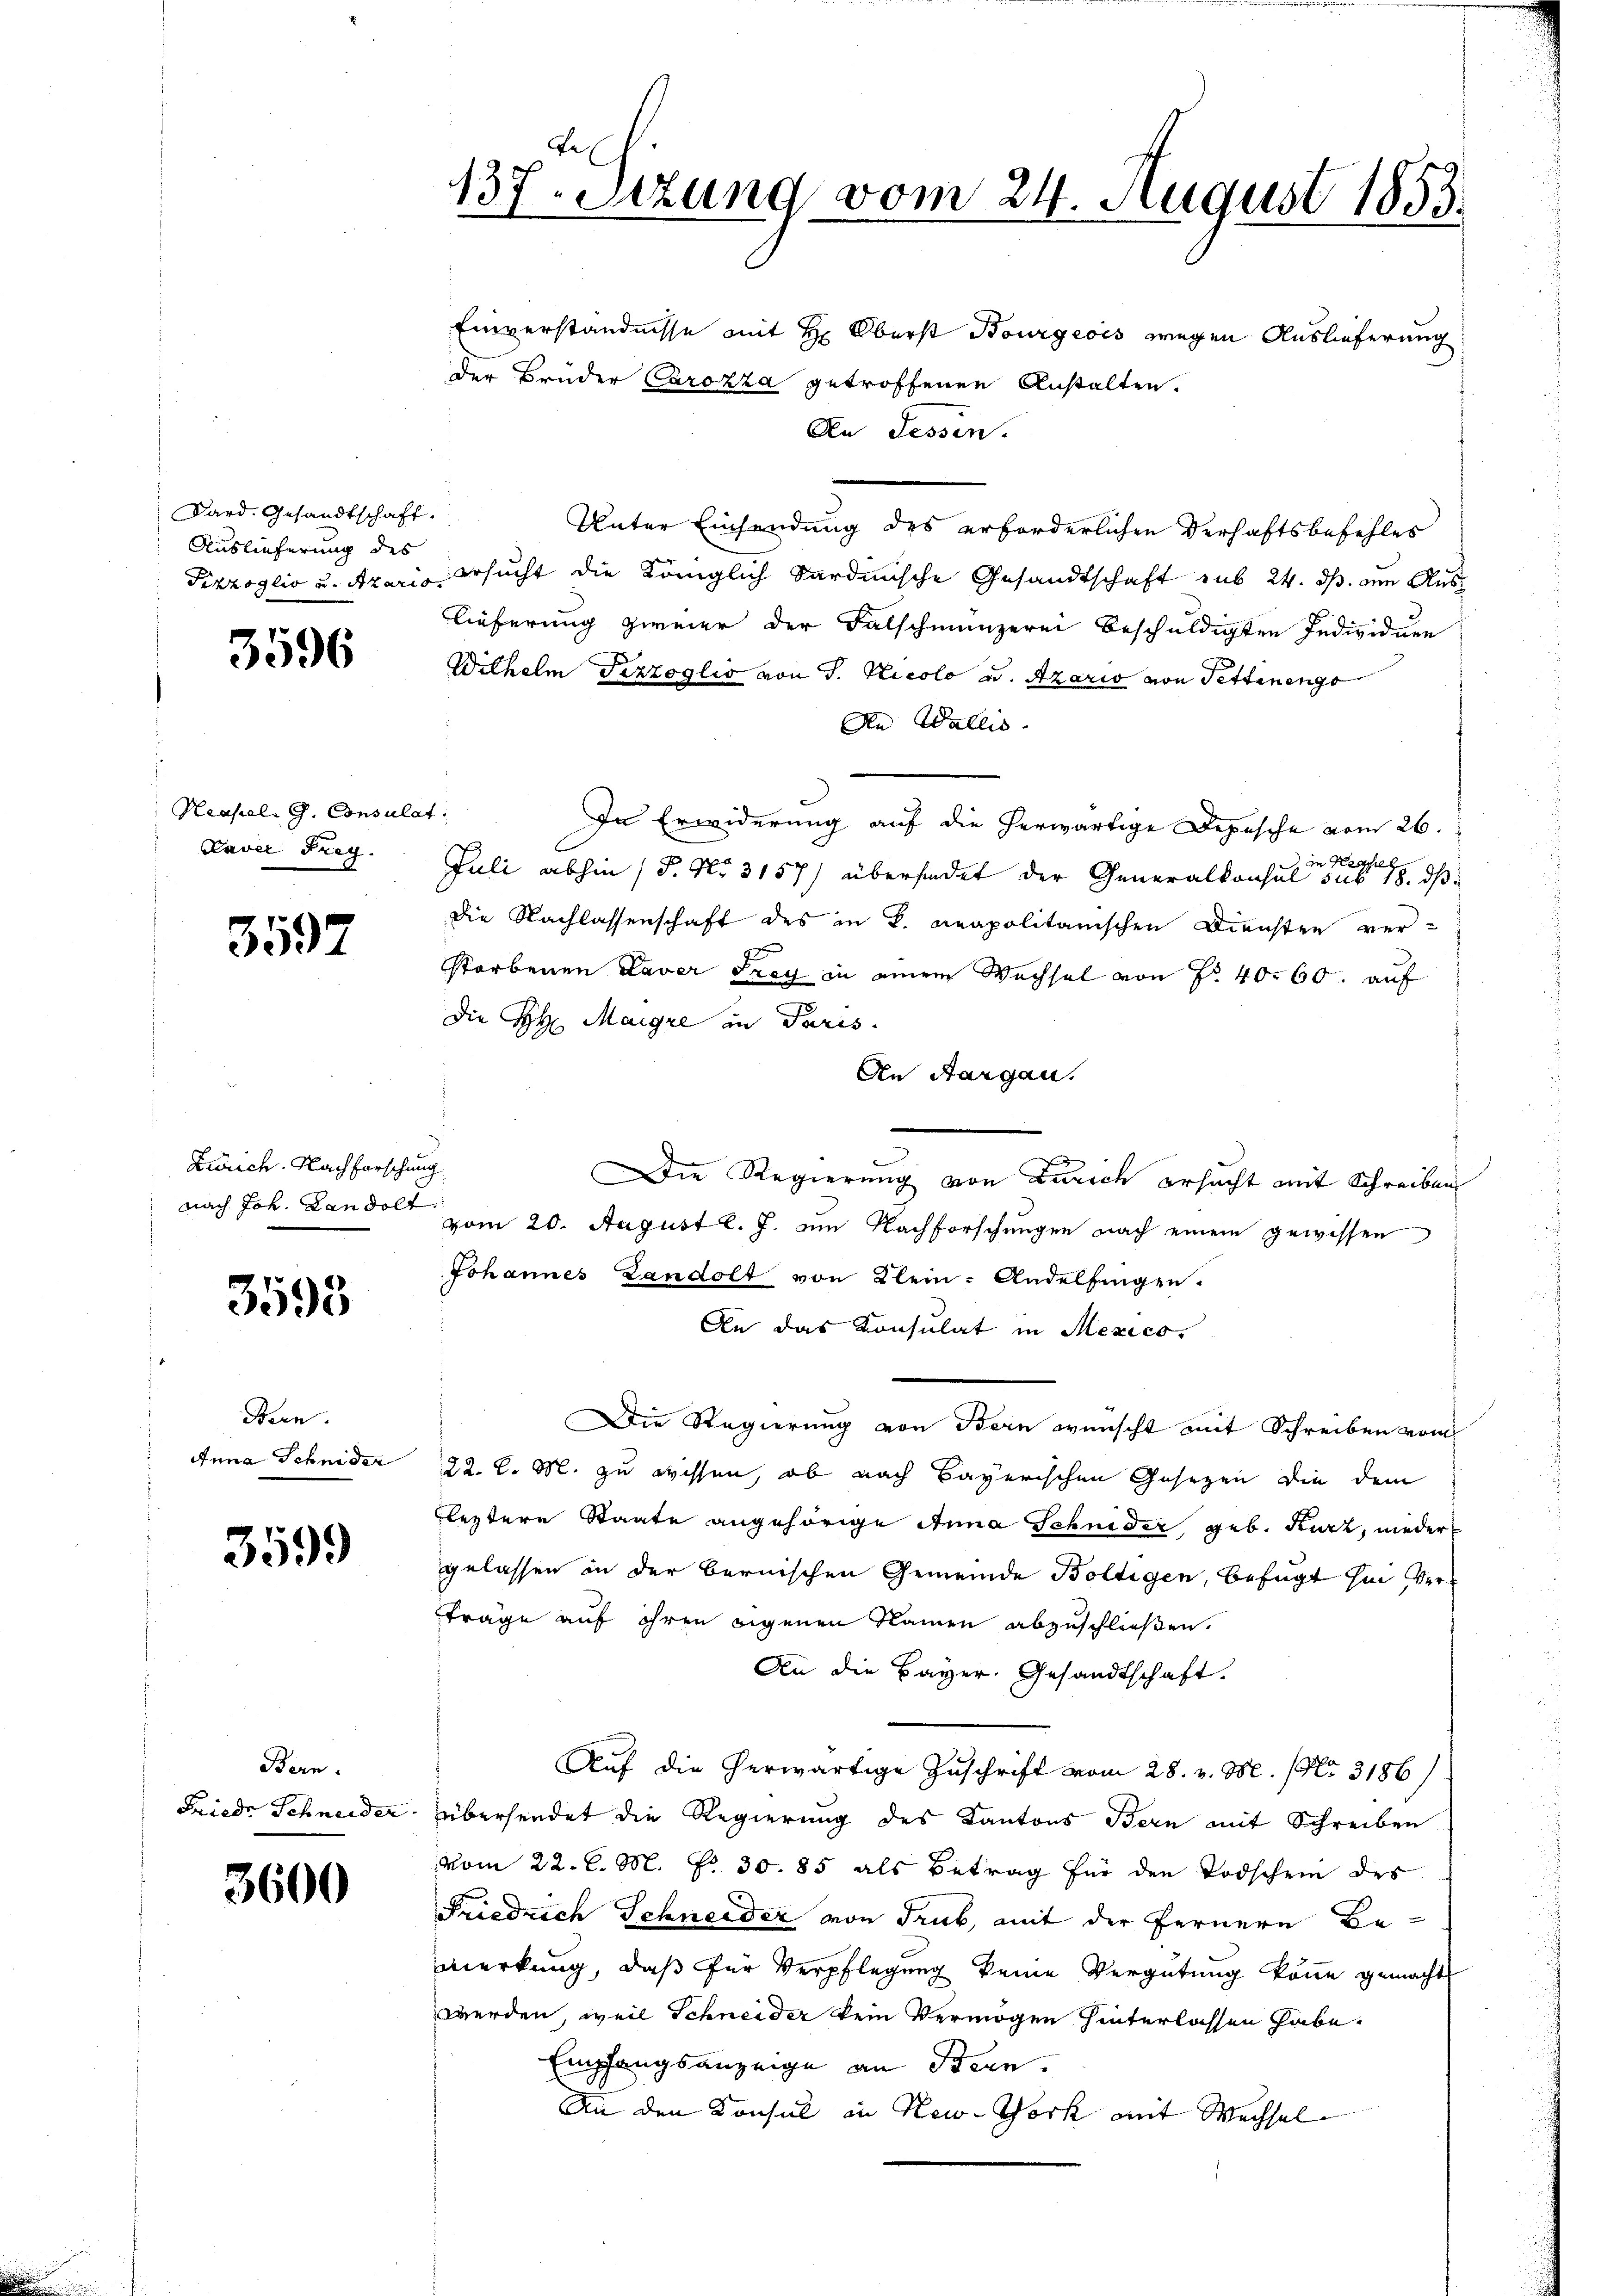
Dard. Gesandtschaft.
Auslieferung des

3596

Neapel. G. Consulat
Paver Frey.

3597

Zürich. Nachforschung
nach Joh. Landolt

3593

Bern.
Anna Schnider

3599

Bern.
Friede Schneider

3600

137-Stzung vom 24. August 1853.

Einverständnisse mit H: Oberst Bourgeois wegen Auslieferung
der Bruder Carozza getroffenen Anstalten.
An Fessen.
Unter Einsendung des erforderlichen Verhaftsbefehles
Pizzoglio u. Araris ersucht die Königlich Sardinische Gesandtschaft sub 24. ds. an Auslieferung zweier der Falschmünzerei beschuldigten Individuen
Wilhelm Terzoglio von J. Nicolo u. Azario von Pettinenge
An Wallis.
f
In Erwiderung auf die herwärtige Depesche vom 26.
in Hesse
Juli abhin (S. Nr. 3157) überhindet der Generalkonsul sub 18. ds
die Nachlassenschaft des in K. neapolitarischen Diensten ver-
storbenen Daver Frey in einem Wachsel von No 40000. auf
Die H. Margre in Paris
An Aargau.
Die Regierung von Zürich ersucht mit Schreiben
vom 20. August l. J. am Nachforschungen nach einem gewissen
Johannes Landolt von Klein-Andelfingen.
An das Konsulat in Mexico.
Die Regierung von Bern wünscht mit Schreiben vom
22. l. M. zu wissen, ob nach Bayerischen Gesezen die dem
leztere Staate angehörige Anna Schnider geb. Kurz, nieder
gelassen in der bernischen Gemeinde Boltigen, befugt hin verträge auf ihren eigenen Namen abzuschließen.
An die Bayer. Gesandtschaft.
Auf die herwärtige Zuschrift vom 28. v. M. (Nr. 3186/
übersendet die Regierung des Kantons Bern mit Schreiben
vom 22. d. M. No 30. 85 als Betrag für den Todschein des
Friedrich Schneider von Trub, mit der Fernere Bemerkung, daß für Verpflegung keine Vergütung könne gemacht
werden, weil Schneider kein Vermögen hinterlassen habe.
Empfangsanzeige an Bern.
An den Konsul in New-York mit Wechsel